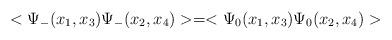
LaTeX: \begin{align*}<\Psi_{-}(x_1, x_3)\Psi_{-}(x_2, x_4)> = <\Psi_{0}(x_1, x_3)\Psi_{0}(x_2, x_4)>\end{align*}